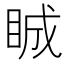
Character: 𥆏